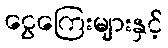
ငွေကြေးများနှင့်